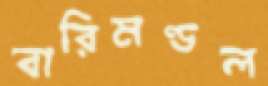
বারিমণ্ডল